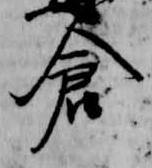
倉